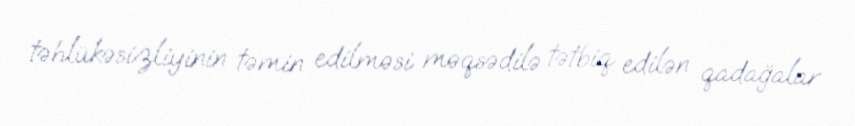
təhlükəsizliyinin təmin edilməsi məqsədilə tətbiq edilən qadağalar